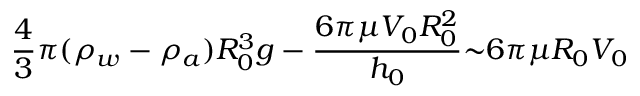
\frac { 4 } { 3 } { \pi } ( { \rho } _ { w } - { \rho } _ { a } ) R _ { 0 } ^ { 3 } g - \frac { 6 { \pi } { \mu } V _ { 0 } R _ { 0 } ^ { 2 } } { h _ { 0 } } { \sim } 6 { \pi } { \mu } R _ { 0 } V _ { 0 }